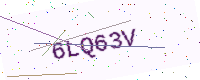
Text: 6LQ63V